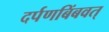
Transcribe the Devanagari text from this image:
दर्पणबिंबवत्